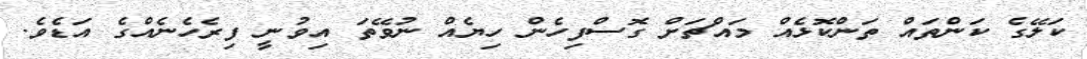
ކަލޭގެ ކަންތައް ތަންކޮޅެއް މައްޗަށް ގޮސްފިހެން ހިޔެއް ނުވޭތަ އިވުނީ ފިރެހެނެއްގެ އަޑެވެ.